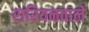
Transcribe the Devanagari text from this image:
रारियनवाले